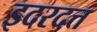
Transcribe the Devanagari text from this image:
इदरदत्त